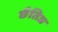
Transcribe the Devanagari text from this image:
छैतिज